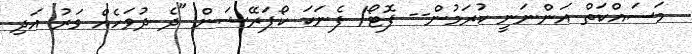
މަސައްކަތް އަންނަނީ ކުރަމުން-- ފޮޓޯ/ ފެނަކަ ކޯޕަރޭޝަން "ދެ ދުވަހެއް ވަރު އަދި